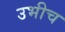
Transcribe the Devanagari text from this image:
उभीच